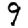
Digit: 9